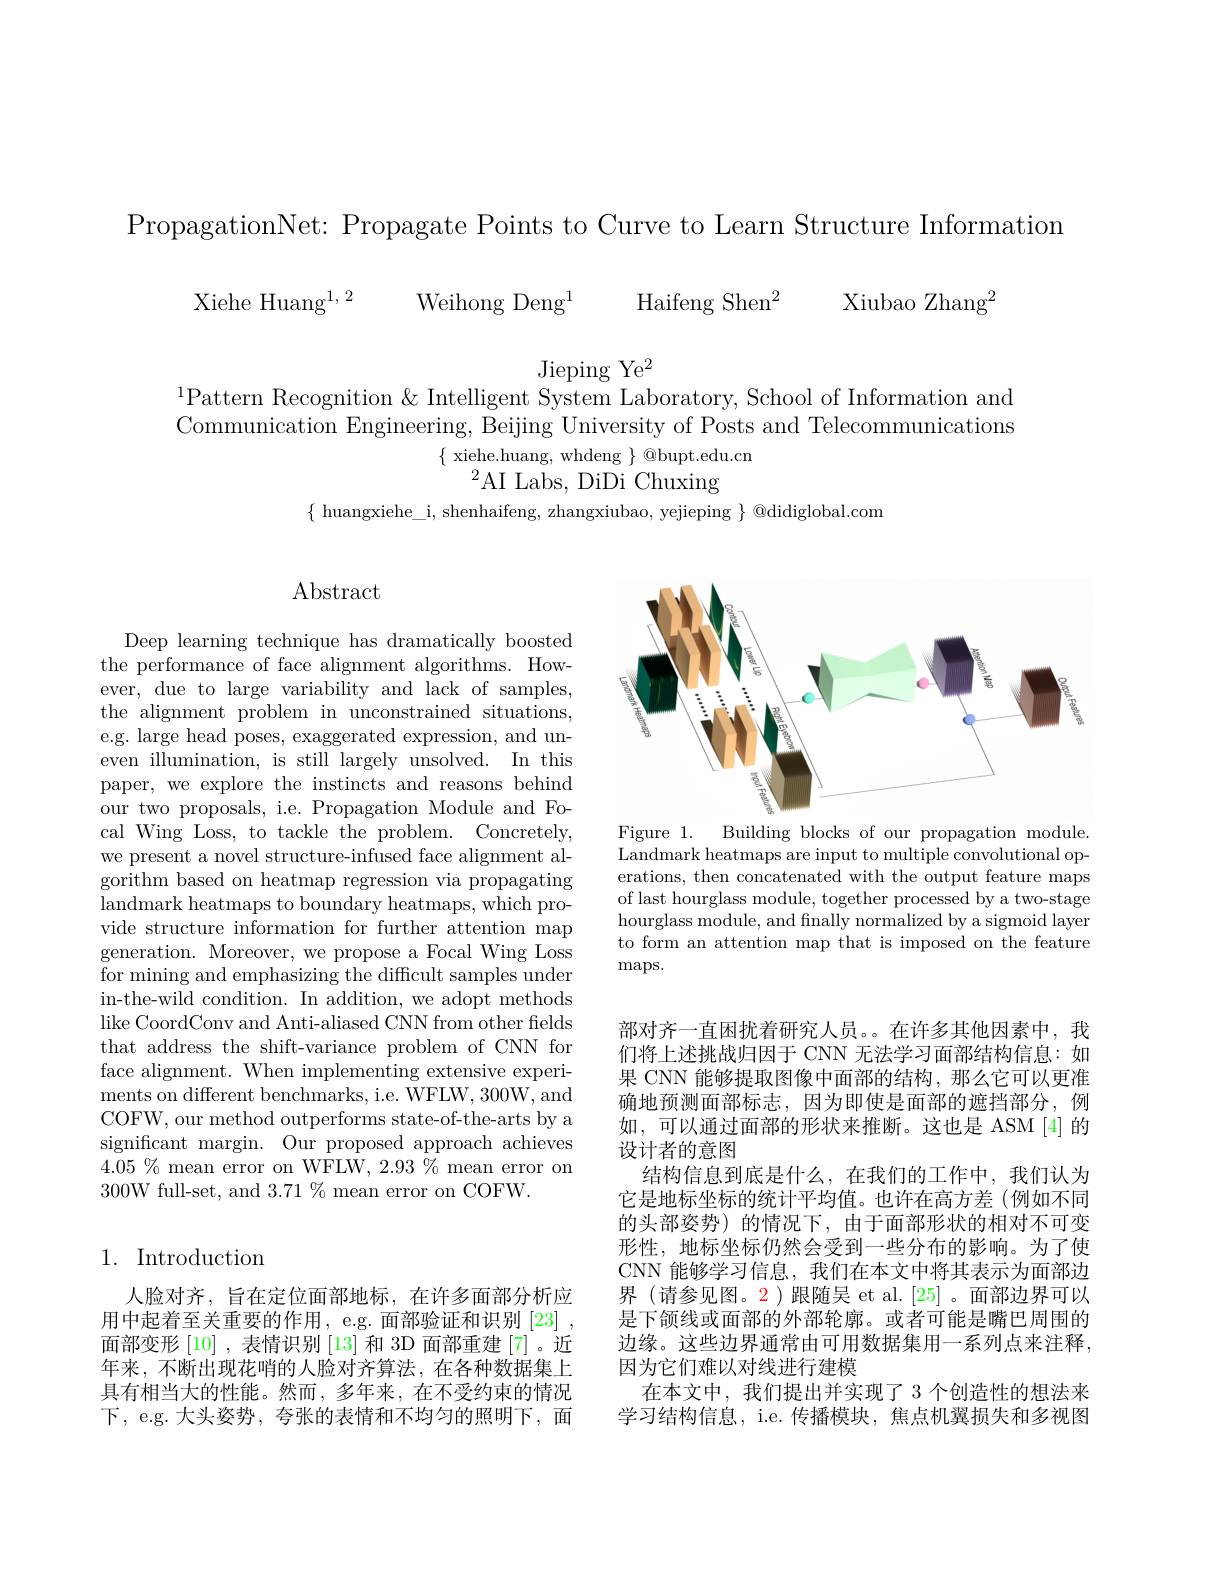
PropagationNet: Propagate Points to Curve to Learn Structure Information
Xiehe Huang$^{1, 2}$ Weihong Deng$^1$ Haifeng Shen$^2$ Xiubao Zhang$^2$

Jieping Ye$^2$
$^{1}$Pattern Recognition & Intelligent System Laboratory, School of Information and

Communication Engineering, Beijing University of Posts and Telecommunications
$\{$ xiehe.huang, whdeng $\}$ @bupt.edu.cn
${}^{2}$AI Labs, DiDi Chuxing
$\{$ huangxiehe\_i, shenhaifeng, zhangxiubao, yejieping $\}$ @didiglobal.com

## Abstract

Deep learning technique has dramatically boosted the performance of face alignment algorithms. However, due to large variability and lack of samples, the alignment problem in unconstrained situations, e.g. large head poses, exaggerated expression, and uneven illumination, is still largely unsolved. In this paper, we explore the instincts and reasons behind our two proposals, i.e. Propagation Module and Focal Wing Loss, to tackle the problem. Concretely, we present a novel structure-infused face alignment algorithm based on heatmap regression via propagating landmark heatmaps to boundary heatmaps, which provide structure information for further attention map generation. Moreover, we propose a Focal Wing Loss for mining and emphasizing the difficult samples under in-the-wild condition. In addition, we adopt methods like CoordConv and Anti- aliased CNN from other felds that address the shift-variance problem of CNN for face alignment. When implementing extensive experiments on different benchmarks, i.e. WFLW, 300W, and COFW, our method outperforms state-of-the-arts by a significant margin. Our proposed approach achieves $4.05\%$ mean error on WFLW, 2.93% mean error on 300W full-set, and $3.71\%$mean error on COFW.

## 1. Introduction

人脸对齐，旨在定位面部地标，在许多面部分析应用中起着至关重要的作用，e.g.面部验证和识别 [23] , 面部变形[10] ,表情识别[13]和 3D 面部重建 [7]。近年来，不断出现花哨的人脸对齐算法，在各种数据集上具有相当大的性能。然而，多年来，在不受约束的情况下，e.g. 大头姿势，夸张的表情和不均匀的照明下，面

<FigureHere>

Figure 1. Building blocks of our propagation module. Landmark heatmaps are input to multiple convolutional operations, then concatenated with the output feature maps of last hourglass module, together processed by a two-stage hourglass module, and finally normalized by a sigmoid layer to form an attention map that is imposed on the feature $\max.$

部对齐一直困扰着研究人员。。在许多其他因素中，我们将上述挑战归因于 CNN 无法学习面部结构信息：如果 CNN 能够提取图像中面部的结构，那么它可以更准确地预测面部标志，因为即使是面部的遮挡部分，例如，可以通过面部的形状来推断。这也是 ASM[4]的设计者的意图
结构信息到底是什么，在我们的工作中，我们认为它是地标坐标的统计平均值。也许在高方差(例如不同的头部姿势)的情况下，由于面部形状的相对不可变形性，地标坐标仍然会受到一些分布的影响。为了使CNN 能够学习信息，我们在本文中将其表示为面部边界 (请参见图。2)跟随吴 et al.[25]。面部边界可以是下颌线或面部的外部轮廓。或者可能是嘴巴周围的边缘。这些边界通常由可用数据集用一系列点来注释， 因为它们难以对线进行建模
在本文中，我们提出并实现了 3 个创造性的想法来学习结构信息，i.e. 传播模块，焦点机翼损失和多视图